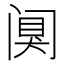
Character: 阒